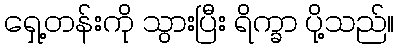
ရှေ့တန်းကို သွားပြီး ရိက္ခာ ပို့သည်။